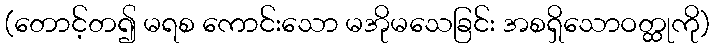
(တောင့်တ၍ မရစ ကောင်းသော မအိုမသေခြင်း အစရှိသောဝတ္ထုကို)